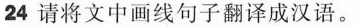
24 请将文中画线句子翻译成汉语.